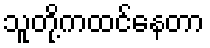
သူတို့ကထင်နေတာ